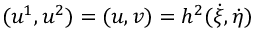
( u ^ { 1 } , u ^ { 2 } ) = ( u , v ) = h ^ { 2 } ( \dot { \xi } , \dot { \eta } )